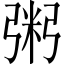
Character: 粥